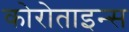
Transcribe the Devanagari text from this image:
कोरोताइन्स